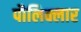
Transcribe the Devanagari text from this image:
पौलिक्लार